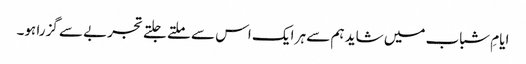
ایامِ شباب میں شاید ہم سے ہر ایک اس سے ملتے جلتے تجربے سے گزرا ہو۔